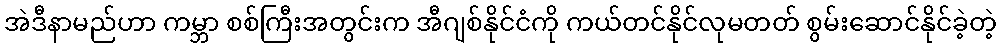
အဲဒီနာမည်ဟာ ကမ္ဘာ စစ်ကြီးအတွင်းက အီဂျစ်နိုင်ငံကို ကယ်တင်နိုင်လုမတတ် စွမ်းဆောင်နိုင်ခဲ့တဲ့